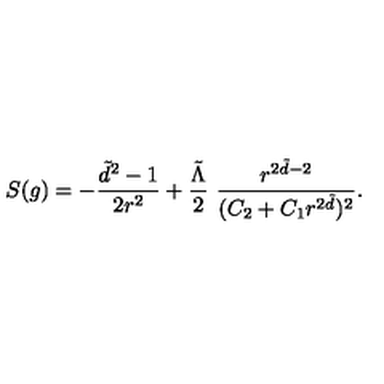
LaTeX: S ( g ) = - \frac { \tilde { d } ^ { 2 } - 1 } { 2 r ^ { 2 } } + \frac { \tilde { \Lambda } } { 2 } \ \frac { r ^ { 2 \tilde { d } - 2 } } { ( C _ { 2 } + C _ { 1 } r ^ { 2 \tilde { d } } ) ^ { 2 } } .